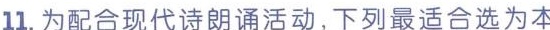
11.为配合现代诗朗诵活动，下列最适合选为本